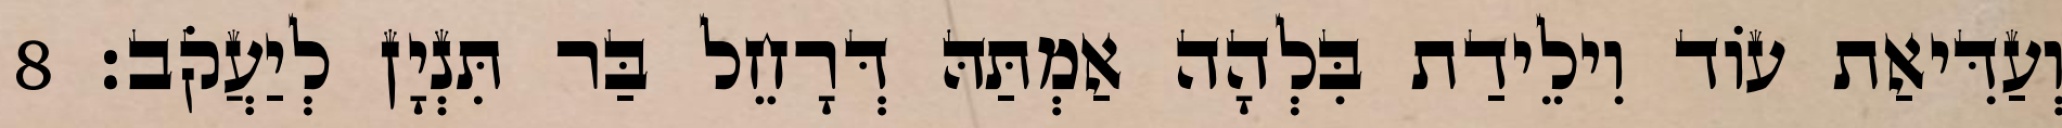
וְעַדִּיאַת עוֹד וִילֵידַת בִּלְהָה אַמְתַּהּ דְּרָחֵל בַּר תִּנְיָן לְיַעֲקֹב׃ 8